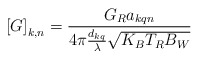
\begin{align*}\left[G \right]_{k,n} = \frac{G_Ra_{kqn}}{4 \pi \frac{d_{kq}}{\lambda} \sqrt{K_BT_RB_W}}\end{align*}